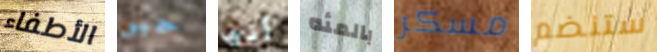
الأطفاء حبى أنها بالمئه مسكر ستنضم